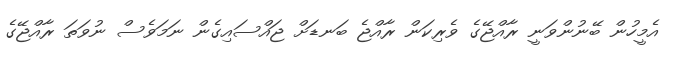
އެމީހުން ބޭނުންވަނީ ރާއްޖޭގެ ވެރިކަން ރާއްޖެ ބަނޑަށް ޖައްސައިގެން ނަމަވެސް ނުވަތަ ރާއްޖޭގެ